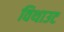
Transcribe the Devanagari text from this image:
विथाउट